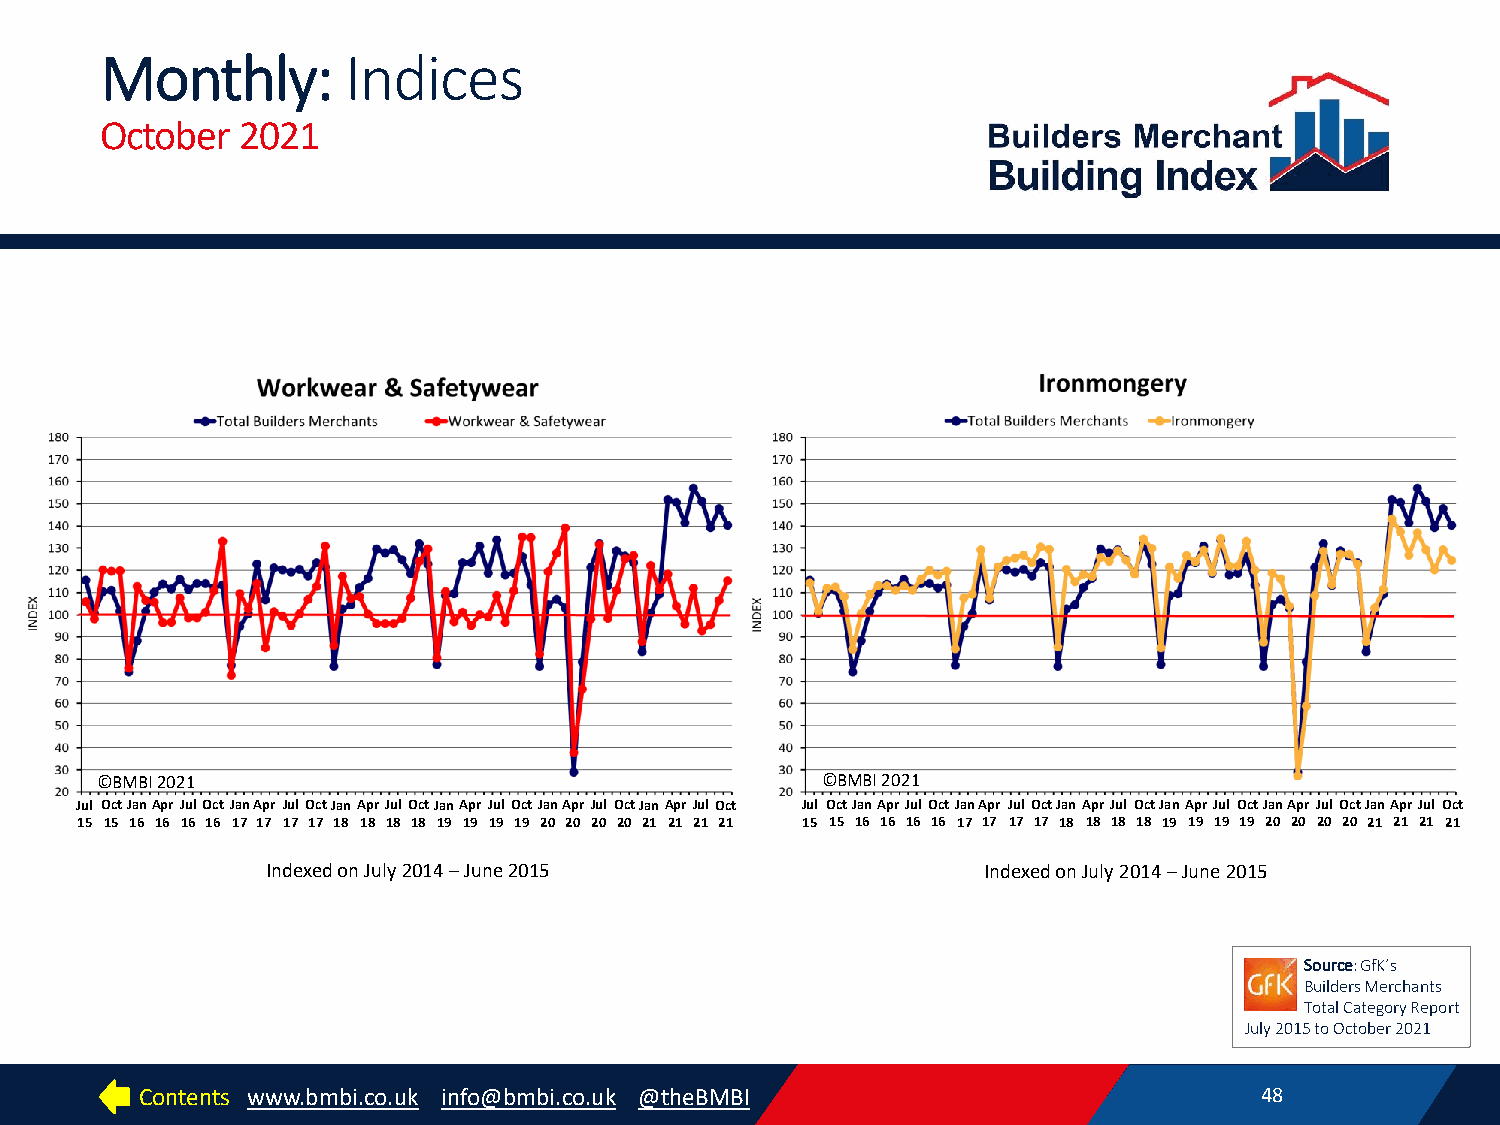
Monthly:        Indices
 October  2021
 ©BMBI 2021                                      ©BMBI 2021
 Jul OctJanAprJul OctJanApr Jul OctJanAprJul OctJanApr Jul OctJanApr Jul OctJanAprJulOct Jul OctJanAprJul OctJanApr Jul OctJanAprJul OctJanApr Jul OctJanApr Jul OctJanAprJul Oct
 15 15 16 16 16 16 17 17 17 17 18 18 18 18 19 19 19 19 20 20 20 20 21 21 21 21 15 15 16 16 16 16 17 17 17 17 18 18 18 18 19 19 19 19 20 20 20 20 21 21 21 21
 Indexed on July 2014 –June 2015                Indexed on July 2014 –June 2015
 Source: GfK’s
 Builders Merchants
 Total Category Report
 July 2015 to October 2021
 Contents www.bmbi.co.uk info@bmbi.co.uk @theBMBI                          48